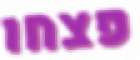
פצחו